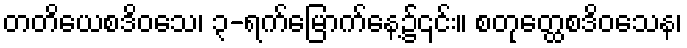
တတိယေစဒိဝသေ၊ ၃-ရက်မြောက်နေ့၌၎င်း။ စတုတ္ထေစဒိဝသေန၊